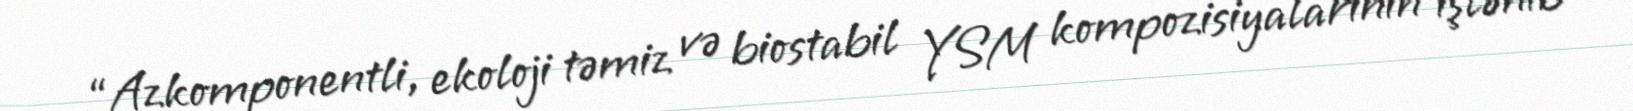
“Azkomponentli, ekoloji təmiz və biostabil YSM kompozisiyalarının işlənib